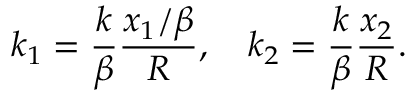
k _ { 1 } = \frac { k } { \beta } \frac { x _ { 1 } / \beta } { R } , \quad k _ { 2 } = \frac { k } { \beta } \frac { x _ { 2 } } { R } .